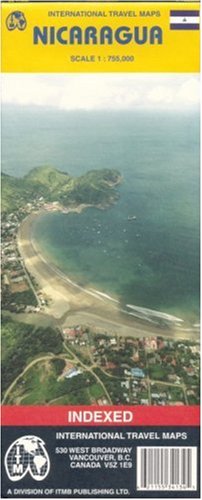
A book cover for Nicaragua Map (Travel Reference Map); ITMB Publishing Ltd; Travel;